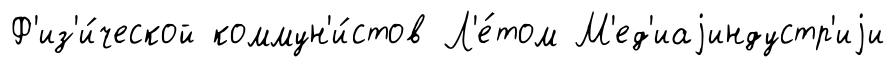
Ф'из'и́ческой коммун'и́стов Л'е́том М'ед'иаjиндустр'иjи